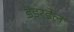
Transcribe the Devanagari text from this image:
डंडरडेल